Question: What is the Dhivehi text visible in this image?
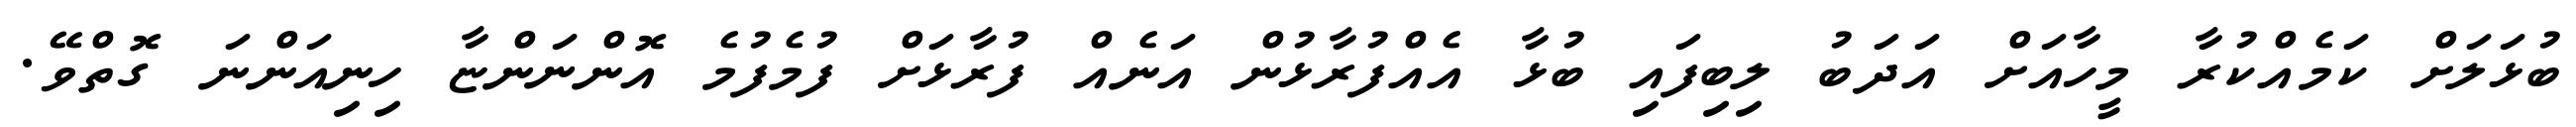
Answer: ބުޅަލަށް ކަމެއްކުރާ މީހާއަށް އަދަބު ލިބިފައި ބުޅާ އެއްފުރާޅުން އަނެއް ފުރާޅަށް ފުމެފުމެ އޮންނަންޏާ ހިނިއަންނަ ގޮތްވޭ.